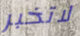
لاتخبر